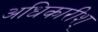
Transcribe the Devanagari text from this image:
अधिकारीश्